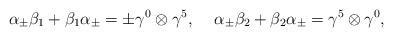
LaTeX: \begin{align*}{\alpha}_{\pm} {\beta}_1 + {\beta}_1 {\alpha}_{\pm}= \pm {\gamma}^0 \otimes {\gamma}^5,\hspace{5 mm}{\alpha}_{\pm} {\beta}_2 + {\beta}_2 {\alpha}_{\pm}= {\gamma}^5 \otimes {\gamma}^0,\end{align*}